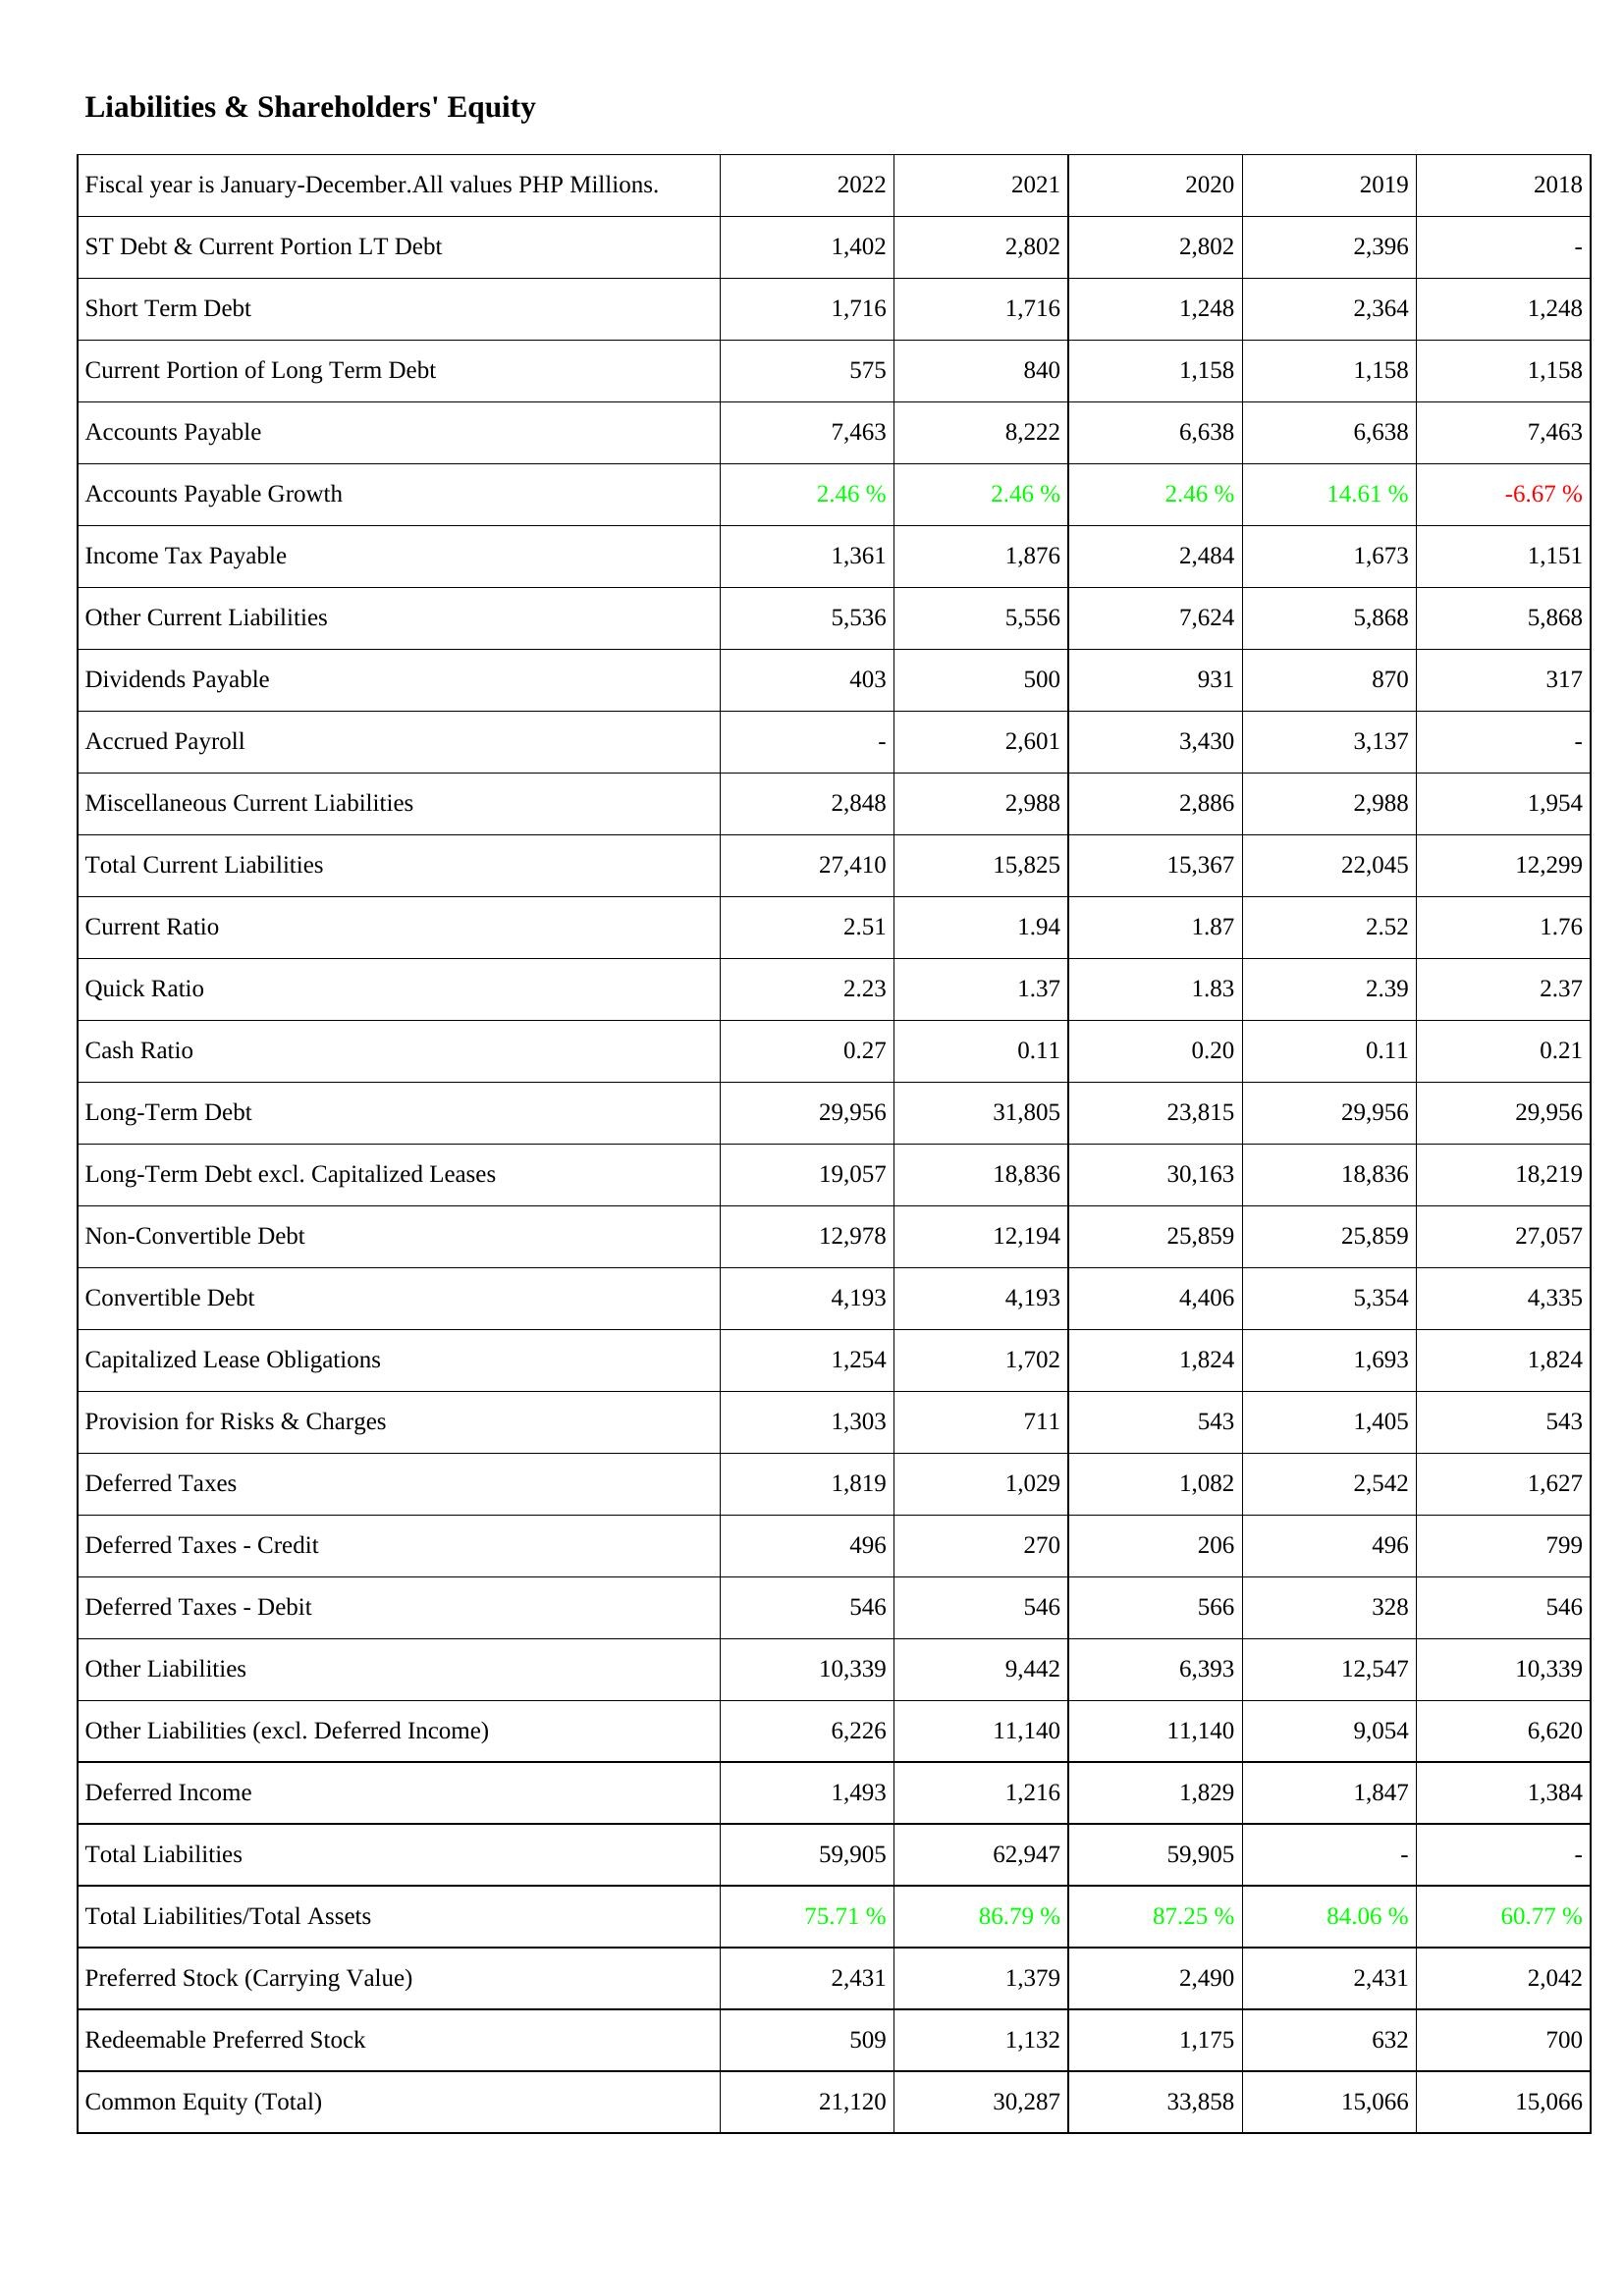
2022: Liabilities & Shareholders' Equity: ST Debt & Current Portion LT Debt: 1,402
Short Term Debt: 1,716
Current Portion of Long Term Debt: 575
Accounts Payable: 7,463
Accounts Payable Growth: 2.46 %
Income Tax Payable: 1,361
Other Current Liabilities: 5,536
Dividends Payable: 403
Accrued Payroll: -
Miscellaneous Current Liabilities: 2,848
Total Current Liabilities: 27,410
Current Ratio: 2.51
Quick Ratio: 2.23
Cash Ratio: 0.27
Long-Term Debt: 29,956
Long-Term Debt excl. Capitalized Leases: 19,057
Non-Convertible Debt: 12,978
Convertible Debt: 4,193
Capitalized Lease Obligations: 1,254
Provision for Risks & Charges: 1,303
Deferred Taxes: 1,819
Deferred Taxes - Credit: 496
Deferred Taxes - Debit: 546
Other Liabilities: 10,339
Other Liabilities (excl. Deferred Income): 6,226
Deferred Income: 1,493
Total Liabilities: 59,905
Total Liabilities/Total Assets: 75.71 %
Preferred Stock (Carrying Value): 2,431
Redeemable Preferred Stock: 509
Common Equity (Total): 21,120
2021: Liabilities & Shareholders' Equity: ST Debt & Current Portion LT Debt: 2,802
Short Term Debt: 1,716
Current Portion of Long Term Debt: 840
Accounts Payable: 8,222
Accounts Payable Growth: 2.46 %
Income Tax Payable: 1,876
Other Current Liabilities: 5,556
Dividends Payable: 500
Accrued Payroll: 2,601
Miscellaneous Current Liabilities: 2,988
Total Current Liabilities: 15,825
Current Ratio: 1.94
Quick Ratio: 1.37
Cash Ratio: 0.11
Long-Term Debt: 31,805
Long-Term Debt excl. Capitalized Leases: 18,836
Non-Convertible Debt: 12,194
Convertible Debt: 4,193
Capitalized Lease Obligations: 1,702
Provision for Risks & Charges: 711
Deferred Taxes: 1,029
Deferred Taxes - Credit: 270
Deferred Taxes - Debit: 546
Other Liabilities: 9,442
Other Liabilities (excl. Deferred Income): 11,140
Deferred Income: 1,216
Total Liabilities: 62,947
Total Liabilities/Total Assets: 86.79 %
Preferred Stock (Carrying Value): 1,379
Redeemable Preferred Stock: 1,132
Common Equity (Total): 30,287
2020: Liabilities & Shareholders' Equity: ST Debt & Current Portion LT Debt: 2,802
Short Term Debt: 1,248
Current Portion of Long Term Debt: 1,158
Accounts Payable: 6,638
Accounts Payable Growth: 2.46 %
Income Tax Payable: 2,484
Other Current Liabilities: 7,624
Dividends Payable: 931
Accrued Payroll: 3,430
Miscellaneous Current Liabilities: 2,886
Total Current Liabilities: 15,367
Current Ratio: 1.87
Quick Ratio: 1.83
Cash Ratio: 0.20
Long-Term Debt: 23,815
Long-Term Debt excl. Capitalized Leases: 30,163
Non-Convertible Debt: 25,859
Convertible Debt: 4,406
Capitalized Lease Obligations: 1,824
Provision for Risks & Charges: 543
Deferred Taxes: 1,082
Deferred Taxes - Credit: 206
Deferred Taxes - Debit: 566
Other Liabilities: 6,393
Other Liabilities (excl. Deferred Income): 11,140
Deferred Income: 1,829
Total Liabilities: 59,905
Total Liabilities/Total Assets: 87.25 %
Preferred Stock (Carrying Value): 2,490
Redeemable Preferred Stock: 1,175
Common Equity (Total): 33,858
2019: Liabilities & Shareholders' Equity: ST Debt & Current Portion LT Debt: 2,396
Short Term Debt: 2,364
Current Portion of Long Term Debt: 1,158
Accounts Payable: 6,638
Accounts Payable Growth: 14.61 %
Income Tax Payable: 1,673
Other Current Liabilities: 5,868
Dividends Payable: 870
Accrued Payroll: 3,137
Miscellaneous Current Liabilities: 2,988
Total Current Liabilities: 22,045
Current Ratio: 2.52
Quick Ratio: 2.39
Cash Ratio: 0.11
Long-Term Debt: 29,956
Long-Term Debt excl. Capitalized Leases: 18,836
Non-Convertible Debt: 25,859
Convertible Debt: 5,354
Capitalized Lease Obligations: 1,693
Provision for Risks & Charges: 1,405
Deferred Taxes: 2,542
Deferred Taxes - Credit: 496
Deferred Taxes - Debit: 328
Other Liabilities: 12,547
Other Liabilities (excl. Deferred Income): 9,054
Deferred Income: 1,847
Total Liabilities: -
Total Liabilities/Total Assets: 84.06 %
Preferred Stock (Carrying Value): 2,431
Redeemable Preferred Stock: 632
Common Equity (Total): 15,066
2018: Liabilities & Shareholders' Equity: ST Debt & Current Portion LT Debt: -
Short Term Debt: 1,248
Current Portion of Long Term Debt: 1,158
Accounts Payable: 7,463
Accounts Payable Growth: -6.67 %
Income Tax Payable: 1,151
Other Current Liabilities: 5,868
Dividends Payable: 317
Accrued Payroll: -
Miscellaneous Current Liabilities: 1,954
Total Current Liabilities: 12,299
Current Ratio: 1.76
Quick Ratio: 2.37
Cash Ratio: 0.21
Long-Term Debt: 29,956
Long-Term Debt excl. Capitalized Leases: 18,219
Non-Convertible Debt: 27,057
Convertible Debt: 4,335
Capitalized Lease Obligations: 1,824
Provision for Risks & Charges: 543
Deferred Taxes: 1,627
Deferred Taxes - Credit: 799
Deferred Taxes - Debit: 546
Other Liabilities: 10,339
Other Liabilities (excl. Deferred Income): 6,620
Deferred Income: 1,384
Total Liabilities: -
Total Liabilities/Total Assets: 60.77 %
Preferred Stock (Carrying Value): 2,042
Redeemable Preferred Stock: 700
Common Equity (Total): 15,066